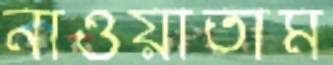
নাওয়াতাম